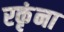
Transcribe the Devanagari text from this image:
रकृंना